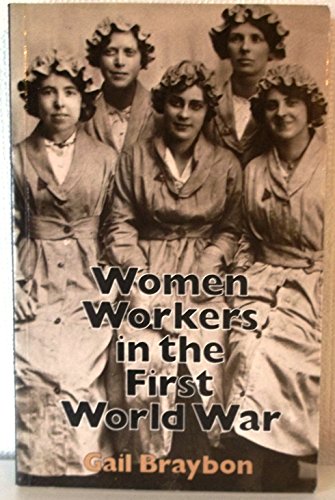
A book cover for Women Workers in the First World War; Gail Braybon; Business & Money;